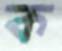
ক